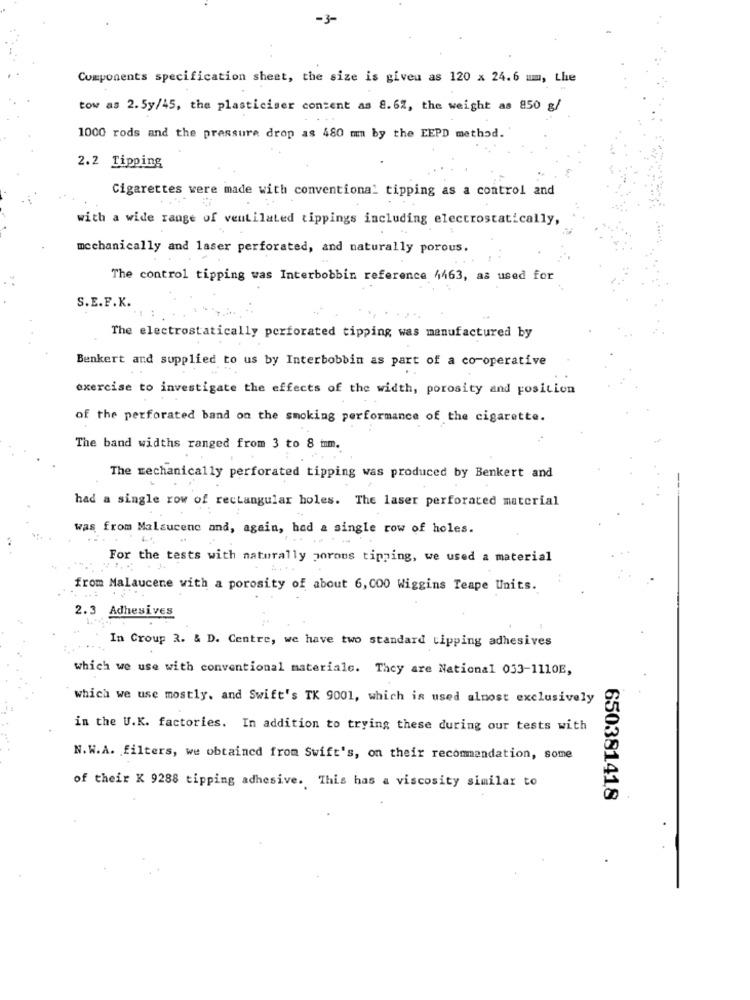
-3-
Components specification sheet, the size is given as 120 x 24.6 mm, the
tow as 2.5y/45, the plasticiser content as 8.6%, the weight as 850 g/
1000 rods and the pressure drop as 480 mm by the EEPD method.
2.2 Tipping
Cigarettes vere made with conventional tipping as a control and
with a wide range of ventilated tippings including electrostatically,
mechanically and laser perforated, and naturally porous.
The control tipping was Interbobbin reference 4463, as used for
S.E.F.K.
The electrostatically perforated tipping was manufactured by
Benkert and supplied to us by Interbobbin as part of a co-operative
exercise to investigate the effects of the width, porosity and position
of the perforated band on the smoking performance of the cigarette.
The band widths ranged from 3 to 8 mm.
The mechanically perforated tipping was produced by Benkert and
had a single row of rectangular holes. The laser perforated material
was from Malaucene and, again, had a single row of holes.
For the tests with naturally porous tipping, we used a material
from Malaucene with a porosity of about 6, 000 Wiggins Teape Units.
2.3 Adhesives
In Croup 2. & D. Centre, we have two standard tipping adhesives
which we use with conventional materiale. They are National 033-1110E,
which we use mostly, and Swift's TK 9001, which is used almost exclusively
in the U.K. factories. In addition to trying these during our tests with
N. W.A. filters, we obtained from Swift's, on their recommandation, some
of their K 9288 tipping adhesive. This has a viscosity similar to
650381418